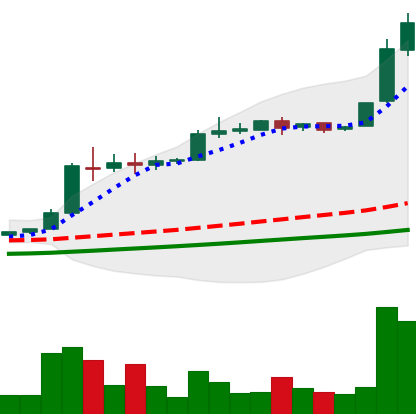
Ticker: BTC-USD
Chart end date: 2016-06-13
Forward return: 7.361%
Label: up_7plus